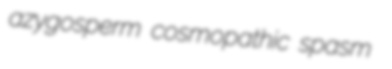
azygosperm cosmopathic spasm